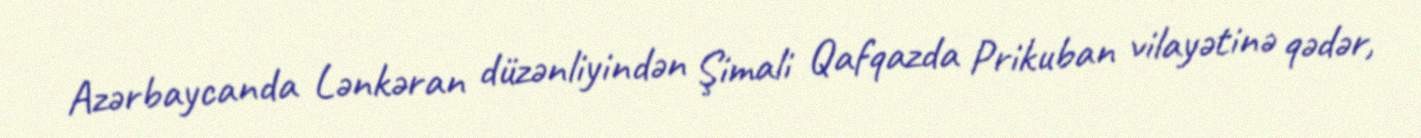
Azərbaycanda Lənkəran düzənliyindən Şimali Qafqazda Prikuban vilayətinə qədər,